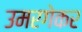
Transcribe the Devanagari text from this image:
उमरगेकर